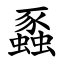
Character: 蟸